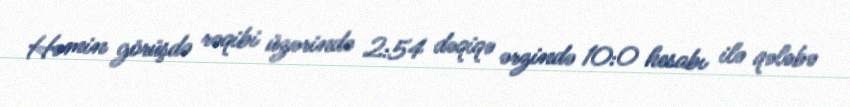
Həmin görüşdə rəqibi üzərində 2:54 dəqiqə ərzində 10:0 hesabı ilə qələbə